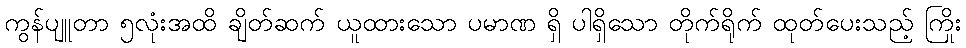
ကွန်ပျူတာ ၅လုံးအထိ ချိတ်ဆက် ယူထားသော ပမာဏ ရှိ ပါရှိသော တိုက်ရိုက် ထုတ်ပေးသည့် ကြိုး